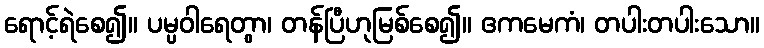
ရောင့်ရဲစေ၍။ ပမ္ပဝါရေတွာ၊ တန်ပြီဟုမြစ်စေ၍။ ဧကမေကံ၊ တပါးတပါးသော။